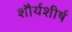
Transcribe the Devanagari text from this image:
शौर्यशीर्ष